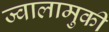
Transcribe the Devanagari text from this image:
ज्वालामुकी